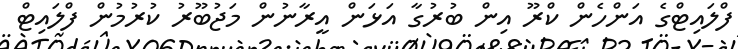
ފްލައިޓްގެ އަންހެން ކްރޫ އިން ބުރުގާ އަޅަން އީރާނުން މަޖުބޫރު ކުރުމުން ފްލައިޓް